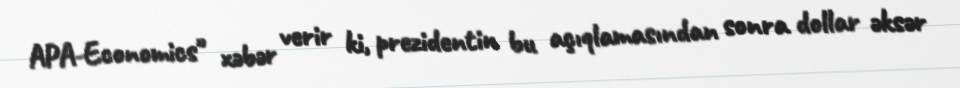
APA-Economics" xəbər verir ki, prezidentin bu açıqlamasından sonra dollar əksər